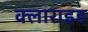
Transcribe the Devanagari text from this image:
क्लाराइड